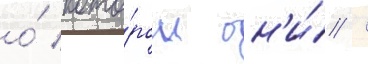
о́ кото́ром он'и́ /